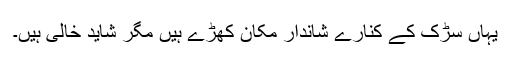
یہاں سڑک کے کنارے شاندار مکان کھڑے ہیں مگر شاید خالی ہیں۔